Mediterranean fever in India - Number 22
Disease focus: Fever
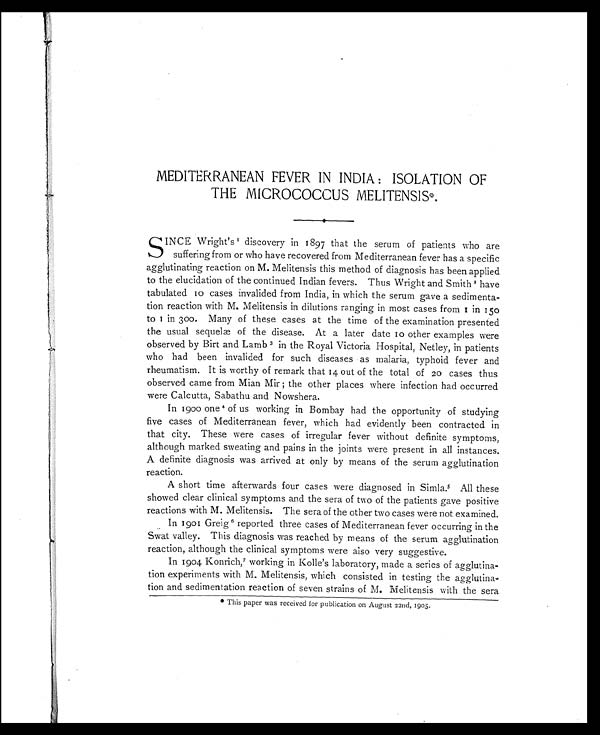
MEDITERRANEAN FEVER IN INDIA : ISOLATION OF
THE MICROCOCCUS MELITENSIS*,
S
INCE Wright's 1discovery in 1897 that the serum of patients who are
suffering from or who have recovered from Mediterranean fever has a specific
agglutinating reaction on M. Melitensis this method of diagnosis has been applied
to the elucidation of the continued Indian fevers. Thus Wright and Smith 2 have
tabulated 10 cases invalided from India, in which the serum gave a sedimenta-
tion reaction with M. Melitensis in dilutions ranging in most cases from 1 in 150
to 1 in 300. Many of these cases at the time of the examination presented
the usual sequelæ of the disease. At a later date 10 other examples were
observed by Birt and Lamb 3 in the Royal Victoria Hospital, Netley, in patients
who had been invalided for such diseases as malaria, typhoid fever and
rheumatism. It is worthy of remark that 14 out of the total of 20 cases thus
observed came from Mian Mir ; the other places where infection had occurred
were Calcutta, Sabathu and Nowshera.
In 1900 one 4 of us working in Bombay had the opportunity of studying
five cases of Mediterranean fever, which had evidently been contracted in
that city. These were cases of irregular fever without definite symptoms,
although marked sweating and pains in the joints were present in all instances.
A definite diagnosis was arrived at only by means of the serum agglutination
reaction.
A short time afterwards four cases were diagnosed in Simla.5All these
showed clear clinical symptoms and the sera of two of the patients gave positive
reactions with M. Melitensis. The sera of the other two cases were not examined.
In 1901 Greig 6 reported three cases of Mediterranean fever occurring in the
Swat valley. This diagnosis was reached by means of the serum agglutination
reaction, although the clinical symptoms were also very suggestive.
In 1904 Konrich, 7 working in Kolle's laboratory, made a series of agglutina-
tion experiments with M. Melitensis, which consisted in testing the agglutina-
tion and sedimentation reaction of seven strains of M. Melitensis with the sera
* This paper was received for publication on August 22nd, 1905.